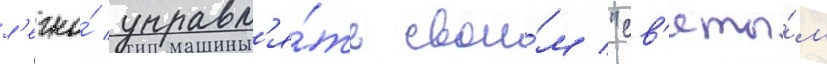
л'егко́ управл'я́ть свои́м "св'яты́м